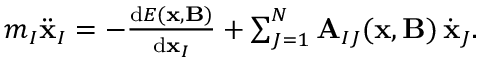
\begin{array} { r } { m _ { I } \ddot { \mathbf { x } } _ { I } = - \frac { \mathrm { d } E ( \mathbf { x } , \mathbf { B } ) } { \mathrm { d } \mathbf { x } _ { I } } + \sum _ { J = 1 } ^ { N } \mathbf { A } _ { I J } ( \mathbf { x } , \mathbf { B } ) \, \dot { \mathbf { x } } _ { J } . } \end{array}